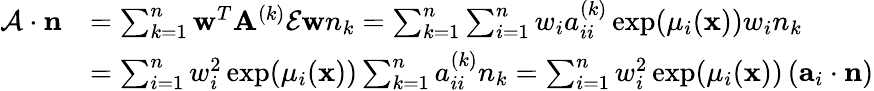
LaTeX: \begin{array}{rl}{\mathcal{A}\cdot\mathbf{n}}&{=\sum_{k=1}^{n}\mathbf{w}^{T}\mathbf{A}^{(k)}\mathcal{E}\mathbf{w}n_{k}=\sum_{k=1}^{n}\sum_{i=1}^{n}w_{i}a_{ii}^{(k)}\exp(\mu_{i}(\mathbf{x}))w_{i}n_{k}}\\ &{=\sum_{i=1}^{n}w_{i}^{2}\exp(\mu_{i}(\mathbf{x}))\sum_{k=1}^{n}a_{ii}^{(k)}n_{k}=\sum_{i=1}^{n}w_{i}^{2}\exp(\mu_{i}(\mathbf{x}))\left(\mathbf{a}_{i}\cdot\mathbf{n}\right)}\end{array}